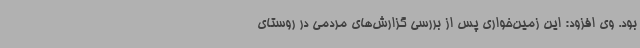
بود. وی افزود: این زمین‌خواری پس از بررسی گزارش‌های مردمی در روستای